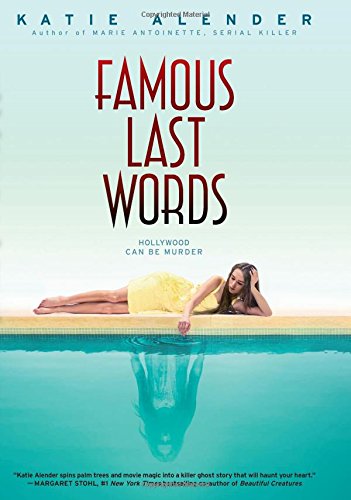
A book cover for Famous Last Words; Katie Alender; Teen & Young Adult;